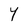
Character: Y